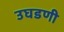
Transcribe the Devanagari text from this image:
उघडणी